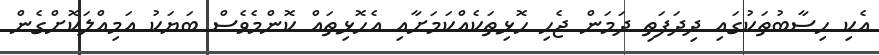
އެކި ހިސާބުތަކުގައި ދިދަފަތި ދަމަން ޖެހި ހޮޅިތަކެއްކަމަށާއި އެހޮޅިތައް ކޮންމެވެސް ބަޔަކު އަމިއްލަކޮށްގެން